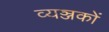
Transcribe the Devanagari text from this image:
व्यञ्जकों